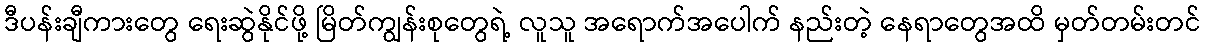
ဒီပန်းချီကားတွေ ရေးဆွဲနိုင်ဖို့ မြိတ်ကျွန်းစုတွေရဲ့ လူသူ အရောက်အပေါက် နည်းတဲ့ နေရာတွေအထိ မှတ်တမ်းတင်